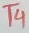
Text: T4